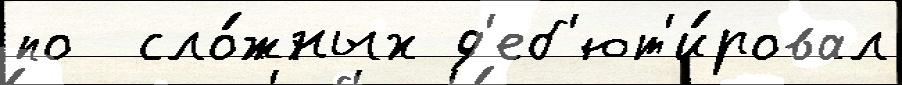
по  сло́жных д'еб'ют'и́ровал